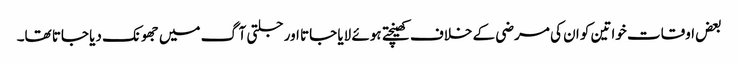
بعض اوقات خواتین کو ان کی مرضی کے خلاف کھینچتے ہوئے لایا جاتا اور جلتی آگ میں جھونک دیا جاتا تھا۔